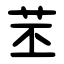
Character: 苤